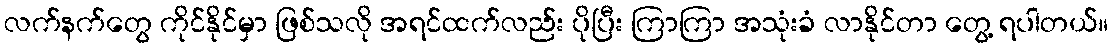
လက်နက်တွေ ကိုင်နိုင်မှာ ဖြစ်သလို အရင်ထက်လည်း ပိုပြီး ကြာကြာ အသုံးခံ လာနိုင်တာ တွေ့ ရပါတယ်။